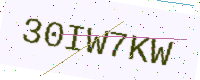
Text: 30IW7KW